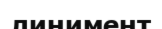
линимент